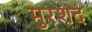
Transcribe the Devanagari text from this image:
मुरशद